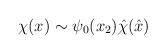
LaTeX: \begin{align*}\chi (x) \sim \psi_0(x_2) {\hat \chi} ({\hat x})\end{align*}